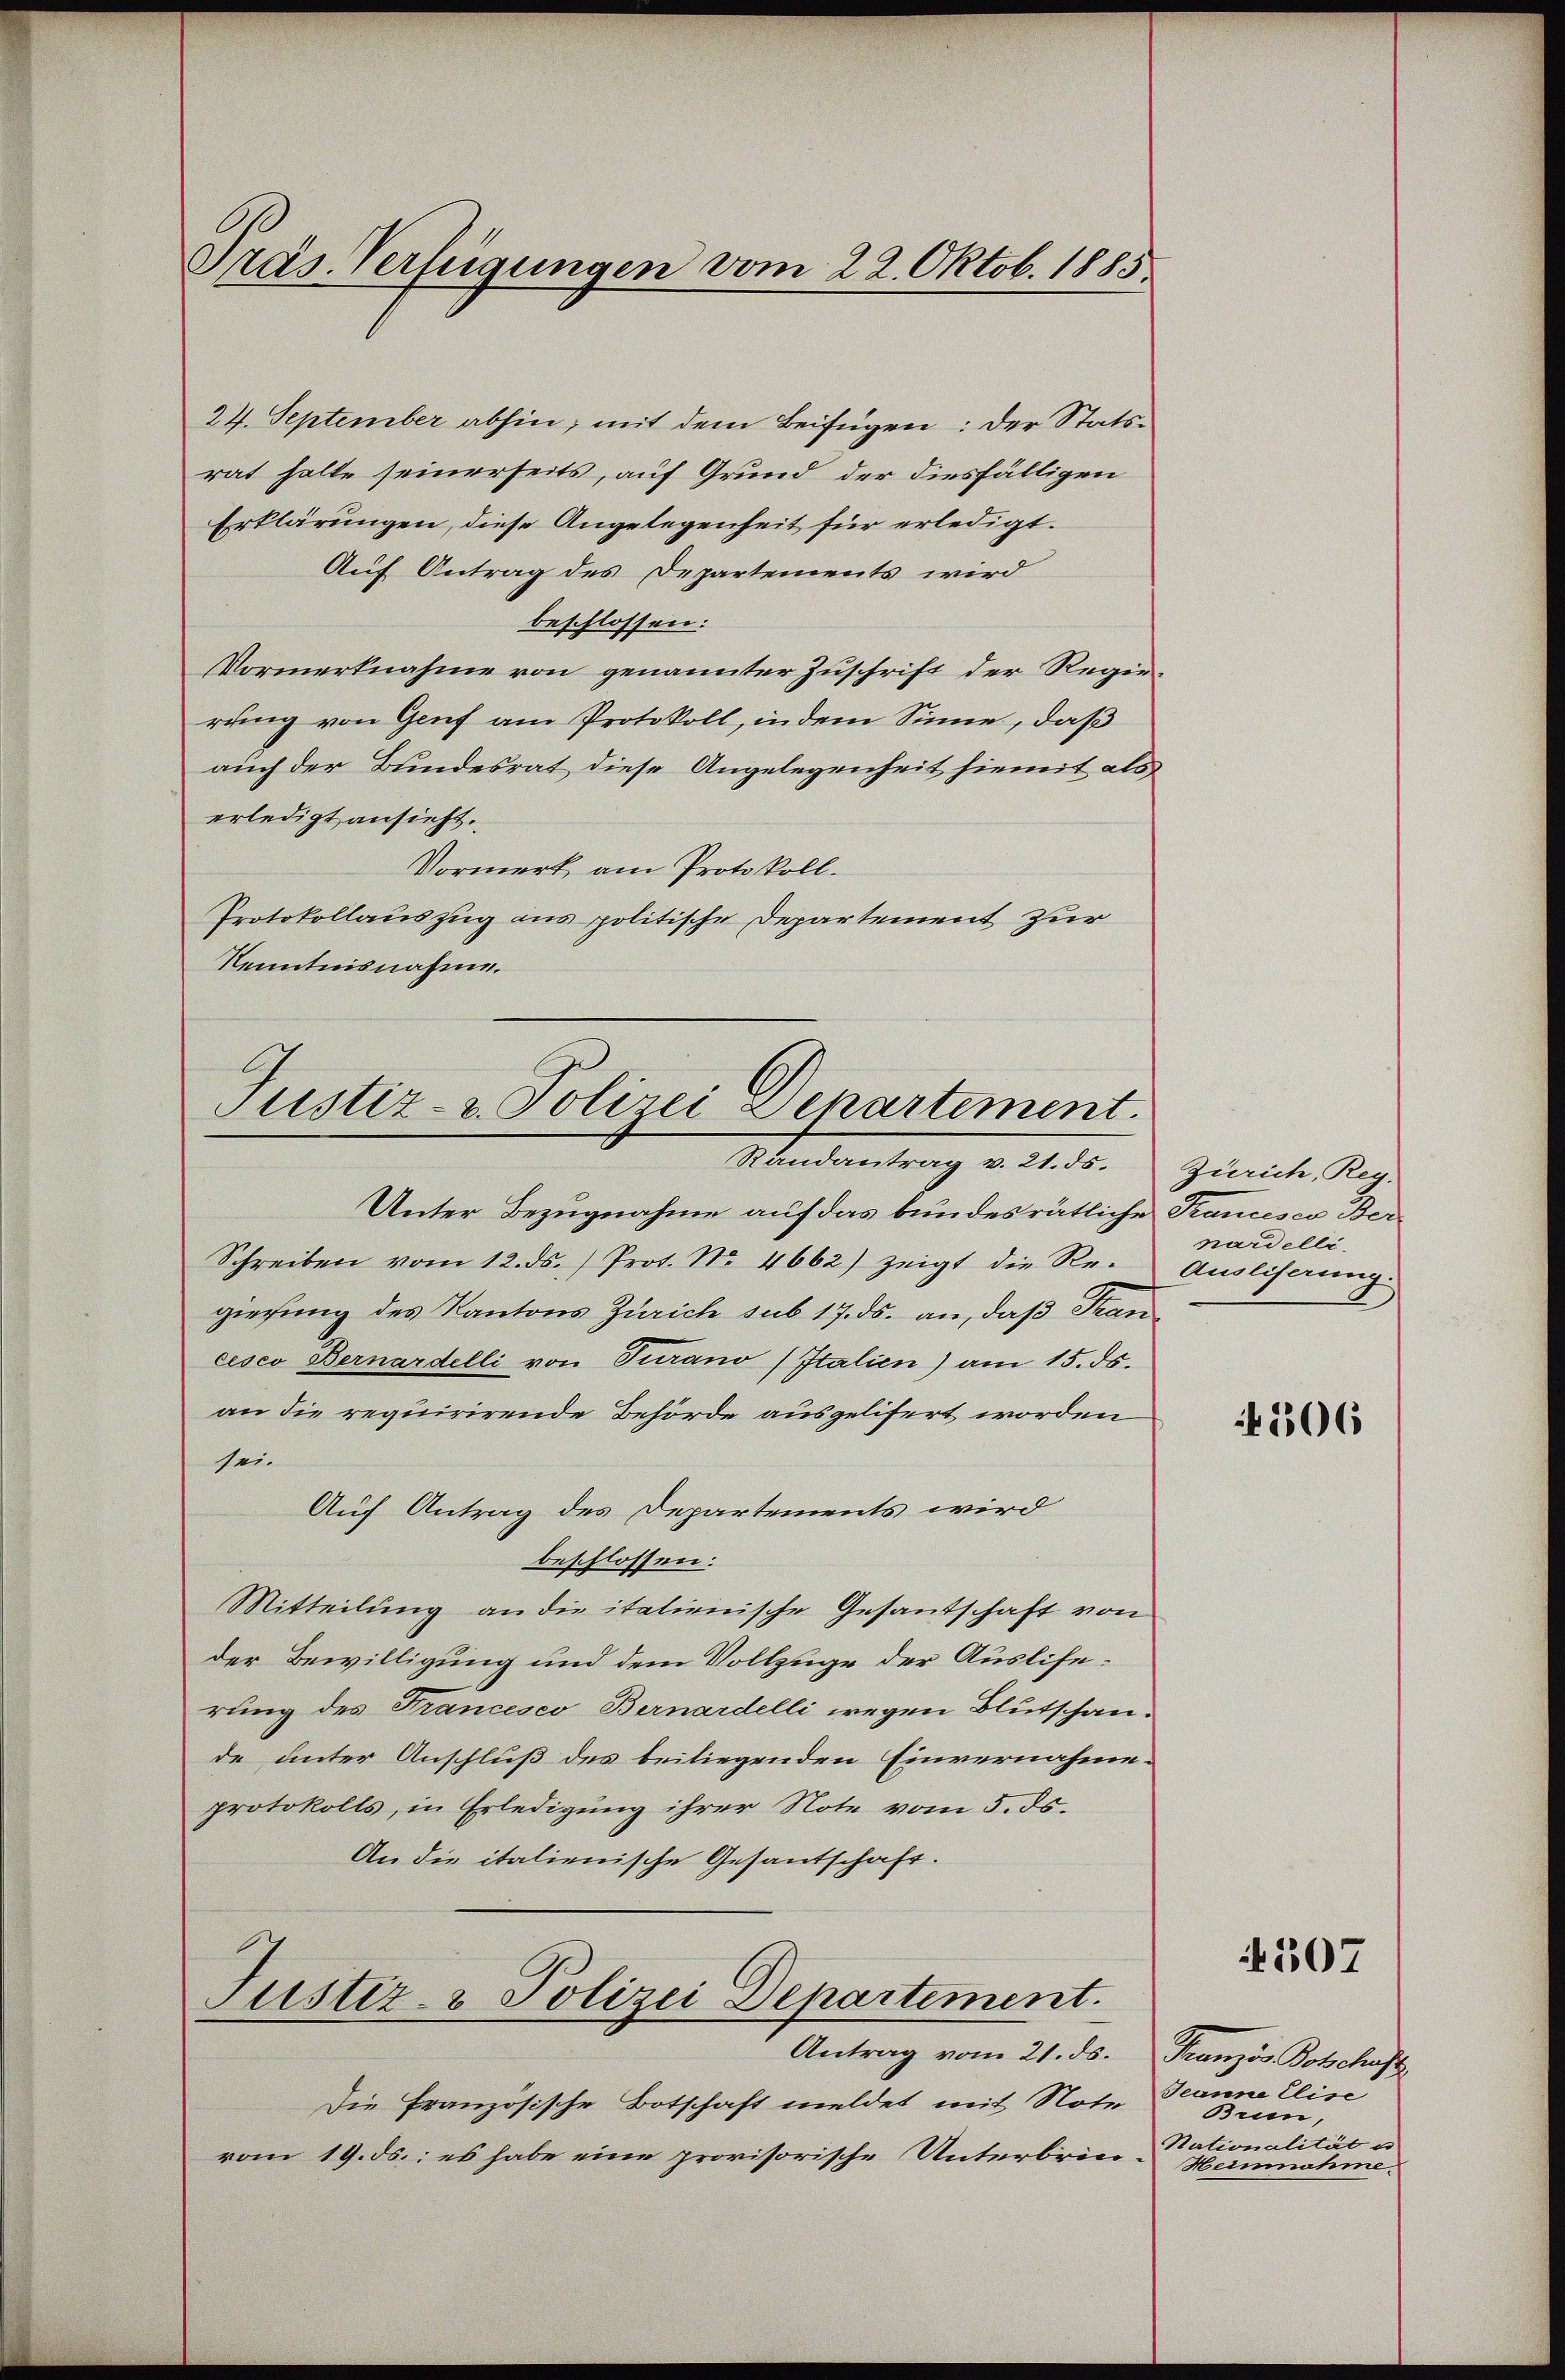
24. September abhin, mit dem Beifügen: Der Statsrat halte seinerseits, auf Grund der diesfälligen
Erklärungen, diese Angelegenheit für erledigt.
Auf Antrag des Departements wird
beschlossen:
Vormerknahme von genannter Zuschrift der Regie-
rung von Genf am Protokoll, in dem Sinne, daß
auch der Bundesrat diese Angelegenheit hiemit als
erledigt ansieht.
Vormerk am Protokoll.
Protokollauszug aus politische Departement zur
Kenntnisnahme.

Präs. Verfügungen vom 22. Oktob. 1885

Justiz- & Polizei Departement.
Mandantrag v. 2.50.

Unter Bezugnahme auf das bundesrätliche Francesco Ber
Schreiben vom 12. ds. Prot. No. 4662) zeigt die Re-
gierung des Kantons Zürich sub 17. ds. an, daß Francisco Bernardelli von Turano (Italien) am 15. ds.
an die requirirende Behörde ausgelifert worden
sei.
Auf Antrag des Departements wird
beschlossen:
Mitteilung an die italienische Gesandschaft von
der Bewilligung und dem Vollzuge der Ausliferung des Francesco Bernardelli wegen Blutschande unter Anschluß des beiliegenden Einvernahmeprotokolls, in Erledigung ihrer Note vom 5. ds.
An die italienische Gesantschaft.
Justiz- & Polizei Departement.
Antrag vom 21. ds. Französ. Botschaft
Die Französische Botschaft meldet mit Note
vom 19. ds.: es habe eine provisorische Unterbrin¬

Zürich, Reg.
nardelli,
Ausliserung.

206

507

Jeanne Elise
Brun,
Nationalität u
Heinnahme.